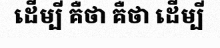
ដើម្បី គឺថា គឺថា ដើម្បី